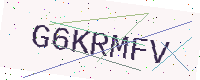
Text: G6KRMFV